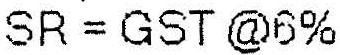
SR = GST @6%